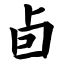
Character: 卣